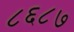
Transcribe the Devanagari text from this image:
८६८७